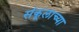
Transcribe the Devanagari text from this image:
संकूलाच्या